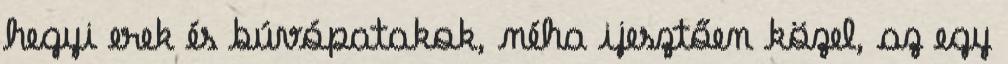
hegyi erek és búvópatakok, néha ijesztően közel, az egy